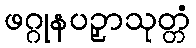
ဖဂ္ဂုနပဉှာသုတ္တံ